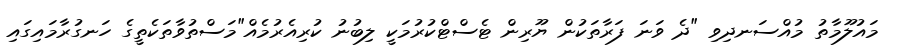
މައުލޫމާތު މުއްސަނދިވި "ދެ ވަނަ ފަރާތަކުން ޔޫރިން ޓެސްޓްކުރުމަކީ ލިބުނު ކުރިއެރުމެއް"މަސްތުވާތަކެތީގެ ހަނގުރާމައިގައި